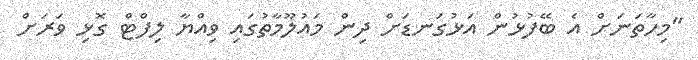
"މިހާތަނަށް އެ ބޭފުޅުން އަޅުގަނޑަށް ދިން މައުލޫމާތުގައި ވިއްޔާ ލިފްޓް ގޮޅި ވަރަށް